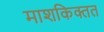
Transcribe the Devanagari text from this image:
माशकिक्तत